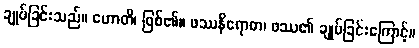
ချုပ်ခြင်းသည်။ ဟောတိ၊ ဖြစ်၏။ ဖဿနိရောဓာ၊ ဖဿ၏ ချုပ်ခြင်းကြောင့်။